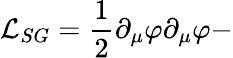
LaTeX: {\cal L}_{SG}=\frac{1}{2}\partial_{\mu}\varphi\partial_{\mu}\varphi-